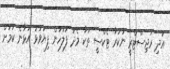
އަދި ރަޖިސްޓްރީ ނުކުރާ ޓެކްސީ ތަކާ މެދު ފުލުހުން ފިޔަވަޅު އަޅާނެ ކަމަށް